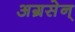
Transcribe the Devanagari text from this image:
अग्रसेन्